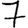
Digit: 7